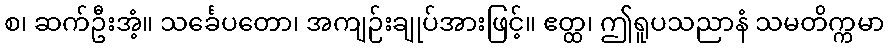
စ၊ ဆက်ဦးအံ့။ သင်္ခေပတော၊ အကျဉ်းချုပ်အားဖြင့်။ ဧတ္ထ၊ ဤရူပသညာနံ သမတိက္ကမာ